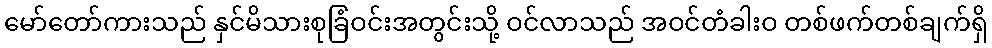
မော်တော်ကားသည် နှင်မိသားစုခြံဝင်းအတွင်းသို့ ဝင်လာသည် အဝင်တံခါးဝ တစ်ဖက်တစ်ချက်ရှိ